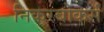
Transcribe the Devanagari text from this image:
निकरबोकर्स